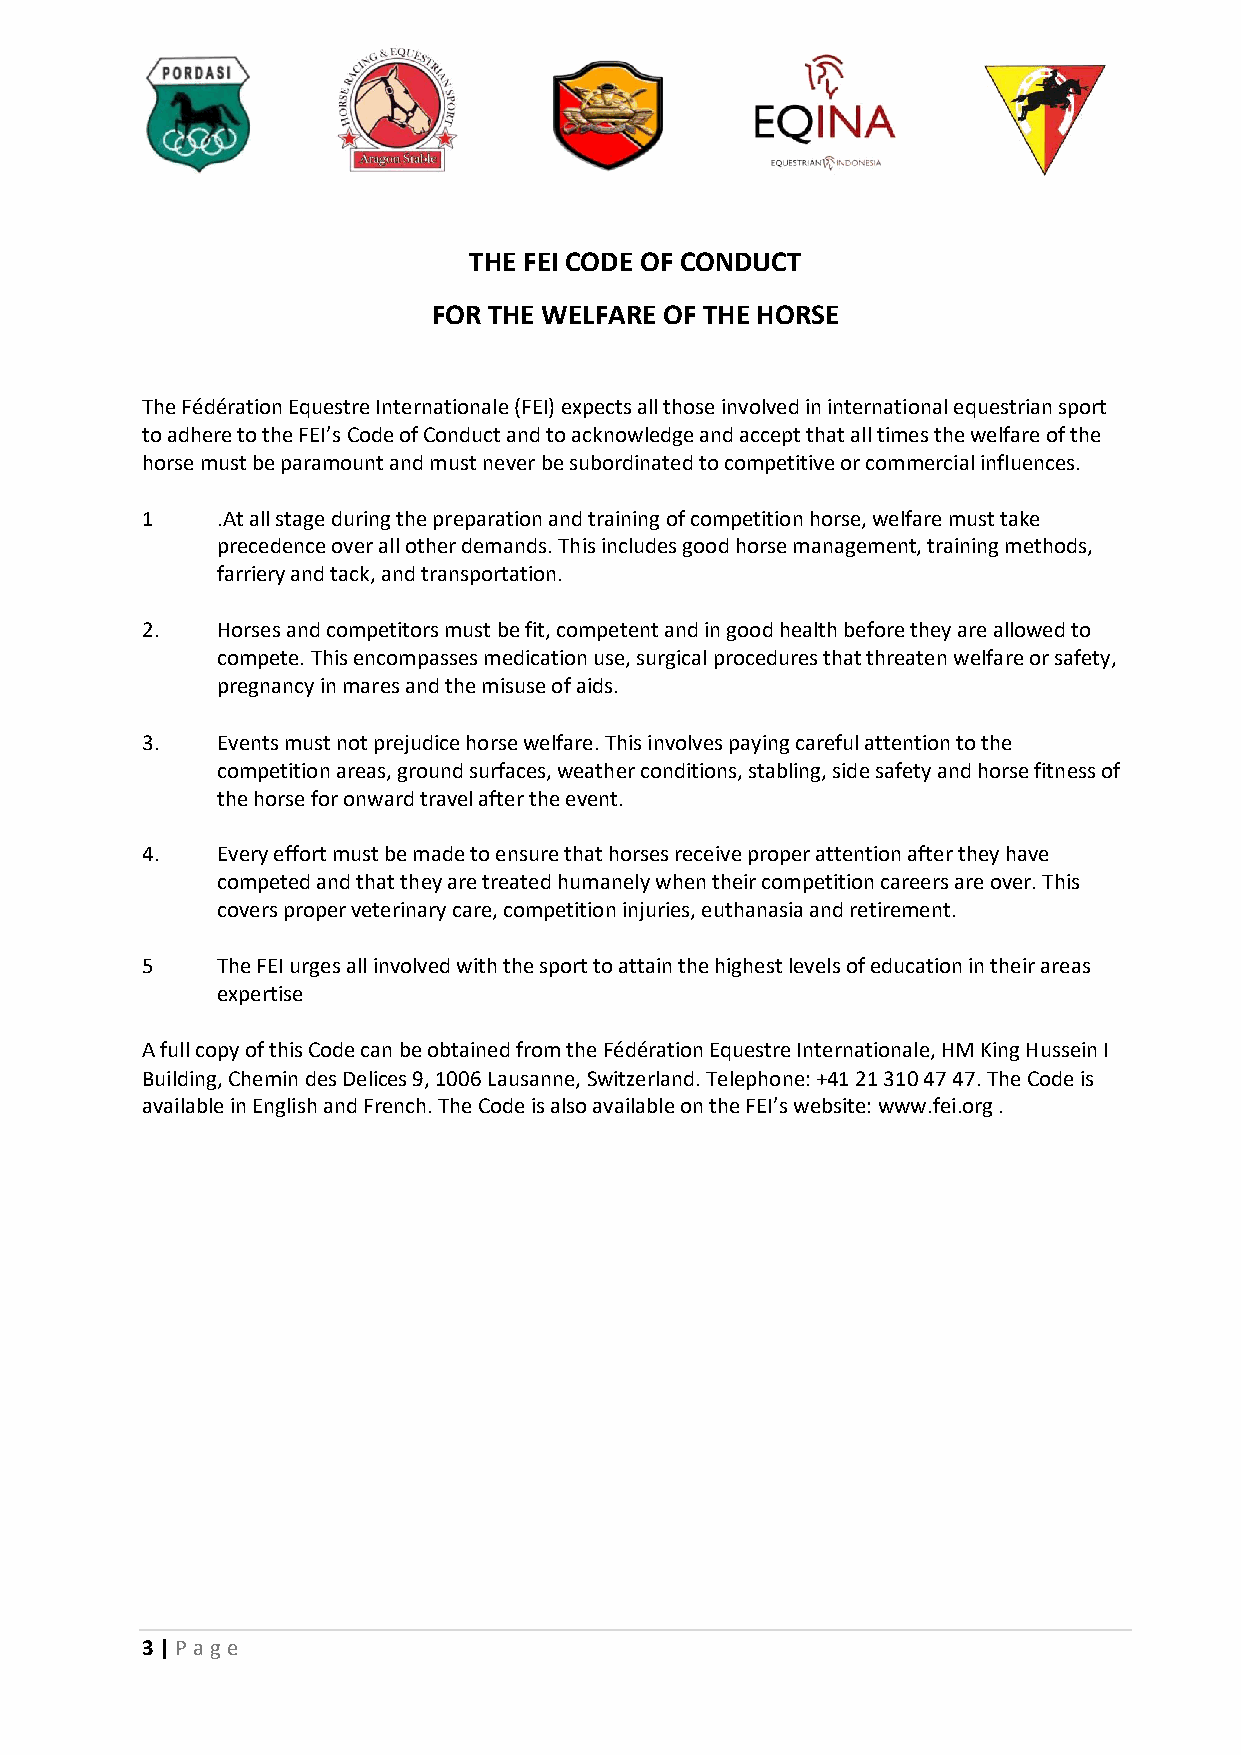
THE FEI CODE OF CONDUCT
 FOR THE WELFARE OF THE HORSE
 The Fédération Equestre Internationale (FEI) expects all those involved in international equestrian sport
 to adhere to the FEI’s Code of Conduct and to acknowledge and accept that all times the welfare of the
 horse must be paramount and must never be subordinated to competitive or commercial influences.
 1    .At all stage during the preparation and training of competition horse, welfare must take
 precedence over all other demands. This includes good horse management, training methods,
 farriery and tack, and transportation.
 2.   Horses and competitors must be fit, competent and in good health before they are allowed to
 compete. This encompasses medication use, surgical procedures that threaten welfare or safety,
 pregnancy in mares and the misuse of aids.
 3.   Events must not prejudice horse welfare. This involves paying careful attention to the
 competition areas, ground surfaces, weather conditions, stabling, side safety and horse fitness of
 the horse for onward travel after the event.
 4.   Every effort must be made to ensure that horses receive proper attention after they have
 competed and that they are treated humanely when their competition careers are over. This
 covers proper veterinary care, competition injuries, euthanasia and retirement.
 5    The FEI urges all involved with the sport to attain the highest levels of education in their areas
 expertise
 A full copy of this Code can be obtained from the Fédération Equestre Internationale, HM King Hussein I
 Building, Chemin des Delices 9, 1006 Lausanne, Switzerland. Telephone: +41 21 310 47 47. The Code is
 available in English and French. The Code is also available on the FEI’s website: www.fei.org .
 3 | P age